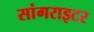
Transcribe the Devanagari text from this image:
सांगराइटर